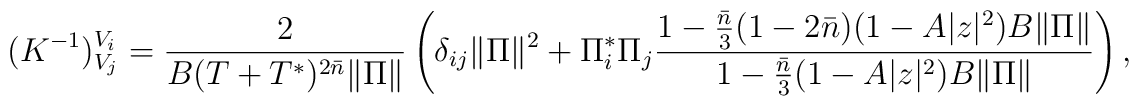
(K^{-1})^{V_i}_{V_j} = \frac{2}{B(T+T^*)^{2\bar{n}}\|\Pi\|} \left(\delta_{ij}\|\Pi\|^2 + 	\Pi^*_i\Pi_j \frac{1-\frac{\bar{n}}{3}(1-2\bar{n})(1-A|z|^2)B\|\Pi\|} 	{1-\frac{\bar{n}}{3}(1-A|z|^2)B\|\Pi\|} \right),